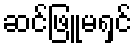
ဆင်ဖြူမရှင်